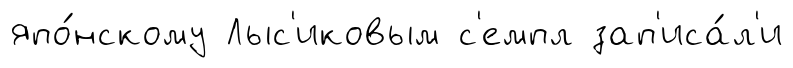
япо́нскому Лыс'иковым с'емпл зап'иса́л'и